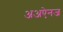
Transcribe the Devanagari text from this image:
अअऐनज